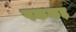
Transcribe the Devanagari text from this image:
पककड़